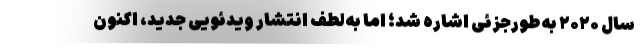
سال ۲۰۲۰ به‌طورجزئی اشاره شد؛ اما به‌لطف انتشار ویدئویی جدید، اکنون